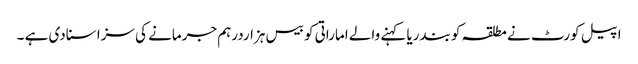
اپیل کورٹ نے مطلقہ کو بندریا کہنے والے اماراتی کو بیس ہزاردرہم جرمانے کی سزا سنادی ہے ۔